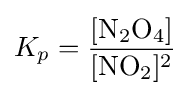
K_{p}=\mathrm {\frac {[N_{2}O_{4}]}{[NO_{2}]^{2}}}